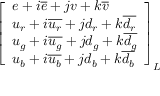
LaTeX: { \left[ \begin{array} { l } { e + i { \overline { { e } } } + j v + k { \overline { { v } } } } \\ { u _ { r } + i { \overline { { u _ { r } } } } + j d _ { r } + k { \overline { { d _ { r } } } } } \\ { u _ { g } + i { \overline { { u _ { g } } } } + j d _ { g } + k { \overline { { d _ { g } } } } } \\ { u _ { b } + i { \overline { { u _ { b } } } } + j d _ { b } + k { \overline { { d _ { b } } } } } \end{array} \right] } _ { L }